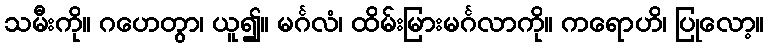
သမီးကို။ ဂဟေတွာ၊ ယူ၍။ မင်္ဂလံ၊ ထိမ်းမြားမင်္ဂလာကို။ ကရောဟိ၊ ပြုလော့။